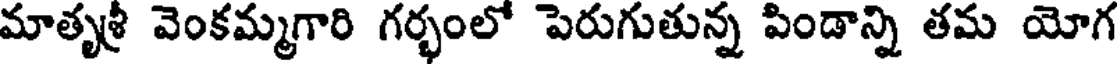
మాతృశ్రీ వెంకమ్మగారి గర్భంలో పెరుగుతున్న పిండాన్ని తమ యోగ